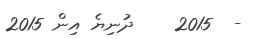
-  2015    ދުނިޔެ އިން 2015